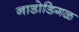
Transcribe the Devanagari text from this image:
नाडोडिगळ